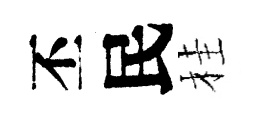
丕民桂